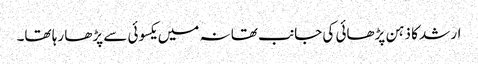
ارشد کا ذہن پڑھائی کی جانب تھا نہ میں یکسوئی سے پڑھا رہا تھا۔